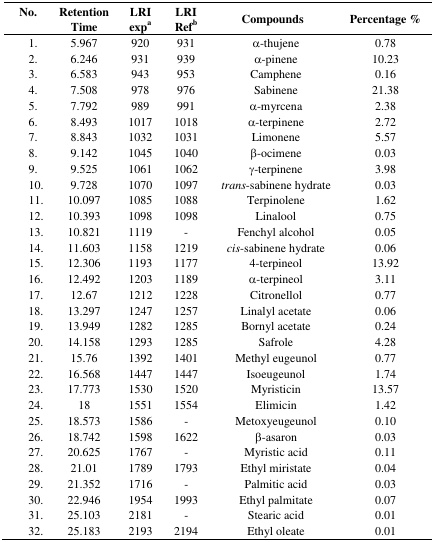
<table><thead><tr><td><b>No.</b></td><td><b>Retention Time</b></td><td><b>LRI expa</b></td><td><b>LRI Refb</b></td><td><b>Compounds</b></td><td><b>Percentage %</b></td></tr></thead><tbody><tr><td>1.</td><td>5.967</td><td>920</td><td>931</td><td>α-thujene</td><td>0.78</td></tr><tr><td>2.</td><td>6.246</td><td>931</td><td>939</td><td>α-pinene</td><td>10.23</td></tr><tr><td>3.</td><td>6.583</td><td>943</td><td>953</td><td>Camphene</td><td>0.16</td></tr><tr><td>4.</td><td>7.508</td><td>978</td><td>976</td><td>Sabinene</td><td>21.38</td></tr><tr><td>5.</td><td>7.792</td><td>989</td><td>991</td><td>α-myrcena</td><td>2.38</td></tr><tr><td>6.</td><td>8.493</td><td>1017</td><td>1018</td><td>α-terpinene</td><td>2.72</td></tr><tr><td>7.</td><td>8.843</td><td>1032</td><td>1031</td><td>Limonene</td><td>5.57</td></tr><tr><td>8.</td><td>9.142</td><td>1045</td><td>1040</td><td>β-ocimene</td><td>0.03</td></tr><tr><td>9.</td><td>9.525</td><td>1061</td><td>1062</td><td>γ-terpinene</td><td>3.98</td></tr><tr><td>10.</td><td>9.728</td><td>1070</td><td>1097</td><td><i>trans</i>-sabinene hydrate</td><td>0.03</td></tr><tr><td>11.</td><td>10.097</td><td>1085</td><td>1088</td><td>Terpinolene</td><td>1.62</td></tr><tr><td>12.</td><td>10.393</td><td>1098</td><td>1098</td><td>Linalool</td><td>0.75</td></tr><tr><td>13.</td><td>10.821</td><td>1119</td><td>-</td><td>Fenchyl alcohol</td><td>0.05</td></tr><tr><td>14.</td><td>11.603</td><td>1158</td><td>1219</td><td><i>cis</i>-sabinene hydrate</td><td>0.06</td></tr><tr><td>15.</td><td>12.306</td><td>1193</td><td>1177</td><td>4-terpineol</td><td>13.92</td></tr><tr><td>16.</td><td>12.492</td><td>1203</td><td>1189</td><td>α-terpineol</td><td>3.11</td></tr><tr><td>17.</td><td>12.67</td><td>1212</td><td>1228</td><td>Citronellol</td><td>0.77</td></tr><tr><td>18.</td><td>13.297</td><td>1247</td><td>1257</td><td>Linalyl acetate</td><td>0.06</td></tr><tr><td>19.</td><td>13.949</td><td>1282</td><td>1285</td><td>Bornyl acetate</td><td>0.24</td></tr><tr><td>20.</td><td>14.158</td><td>1293</td><td>1285</td><td>Safrole</td><td>4.28</td></tr><tr><td>21.</td><td>15.76</td><td>1392</td><td>1401</td><td>Methyl eugeunol</td><td>0.77</td></tr><tr><td>22.</td><td>16.568</td><td>1447</td><td>1447</td><td>Isoeugeunol</td><td>1.74</td></tr><tr><td>23.</td><td>17.773</td><td>1530</td><td>1520</td><td>Myristicin</td><td>13.57</td></tr><tr><td>24.</td><td>18</td><td>1551</td><td>1554</td><td>Elimicin</td><td>1.42</td></tr><tr><td>25.</td><td>18.573</td><td>1586</td><td>-</td><td>Metoxyeugeunol</td><td>0.10</td></tr><tr><td>26.</td><td>18.742</td><td>1598</td><td>1622</td><td>β-asaron</td><td>0.03</td></tr><tr><td>27.</td><td>20.625</td><td>1767</td><td>-</td><td>Myristic acid</td><td>0.11</td></tr><tr><td>28.</td><td>21.01</td><td>1789</td><td>1793</td><td>Ethyl miristate</td><td>0.04</td></tr><tr><td>29.</td><td>21.352</td><td>1716</td><td>-</td><td>Palmitic acid</td><td>0.03</td></tr><tr><td>30.</td><td>22.946</td><td>1954</td><td>1993</td><td>Ethyl palmitate</td><td>0.07</td></tr><tr><td>31.</td><td>25.103</td><td>2181</td><td>-</td><td>Stearic acid</td><td>0.01</td></tr><tr><td>32.</td><td>25.183</td><td>2193</td><td>2194</td><td>Ethyl oleate</td><td>0.01</td></tr></tbody></table>